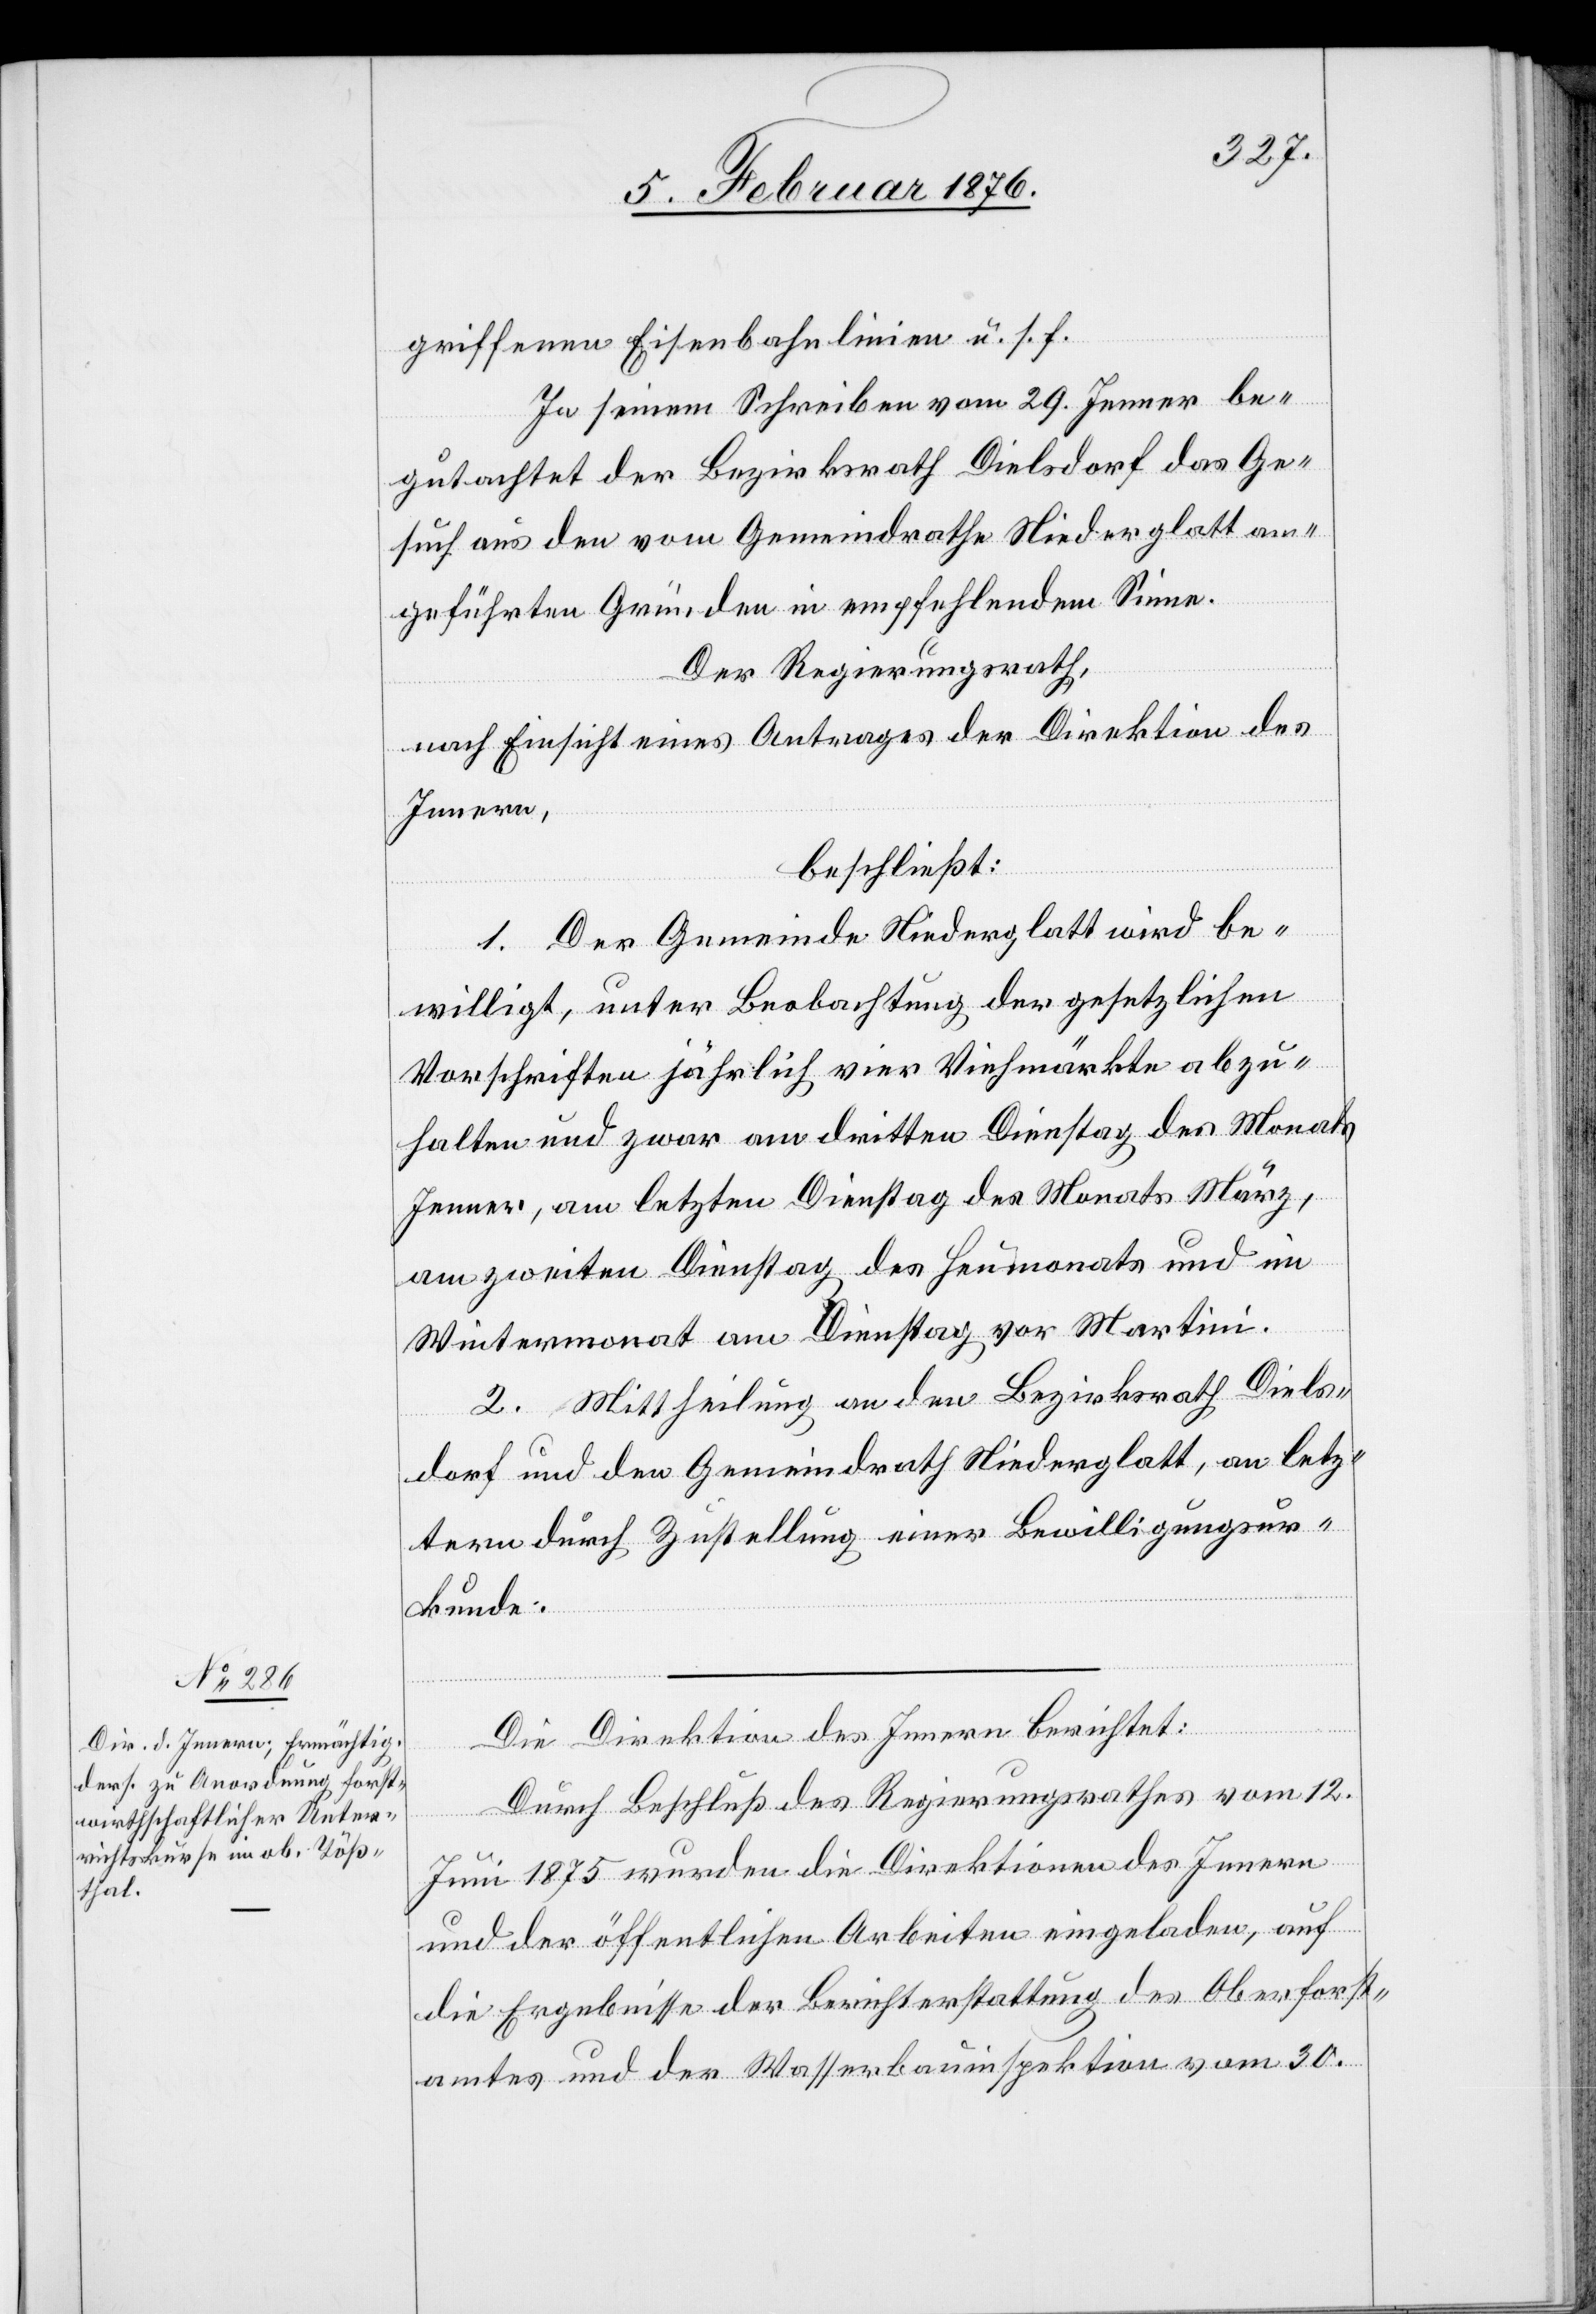
griffenen Eisenbahnlinien u. s. f.
In seinem Schreiben vom 29. Jenner be¬
gutachtet der Regierungsrath Dielsdorf das Ge¬
such aus den vom Gemeinderath Niederglatt an¬
geführten Gründen in empfehlendem Sinne,
Der Regierungsrath,
nach Einsicht eines Antrages der Direktion des
Innern,
beschließt:
1. Der Gemeinde Niederglatt wird be¬
willigt, unter Beobachtung der gesetzlichen
Vorschriften jährlich vier Viehmärkte abzu¬
halten und zwar am dritten Dienstag des Monats
Jenner, am letzten Dienstag des Monats März,
am zweiten Dienstag des Heumonats und im
Wintermonat am Dienstag vor Martini.
2. Mittheilung an den Regierungsrath Diels¬
dorf und den Gemeinderath Niederglatt, an letz¬
teren durch Zustellung einer Bewilligungsur¬
kunde.
Die Direktion des Innern berichtet:
Durch Beschluß des Regierungsrathes vom 12.
Juni 1875 wurden die Direktionen des Innern
und der öffentlichen Arbeiten eingeladen, auf
die Ergebnisse der Berichterstattung des Oberforst¬
amtes und der Wasserbauinspektion v. am 30.